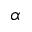
\alpha